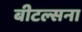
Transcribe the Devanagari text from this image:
बीटल्सना